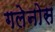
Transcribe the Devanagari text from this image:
गलेनोस